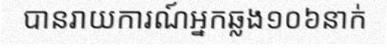
បានរាយការណ៍អ្នកឆ្លង១០៦នាក់